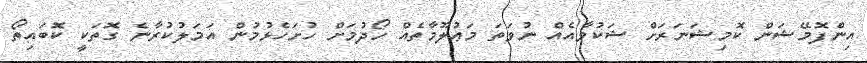
އިންފޮމޭޝަން ކޮމިޝަނަރަށް ޝަކުވާއެއް ނުވަތަ މަޢުލޫމާތެއް ހޯދުމަށް ހުށަހެޅުމުން އަމަލުކުރާނެ ގޮތަކީ ކޮބައިތޯ